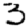
Digit: 3